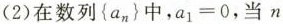
(2)在数列{a_{n} }中，$$a _ { 1 } = 0$$，当$$n